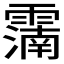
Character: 𩅠